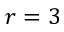
r = 3